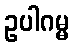
ဥပါဂမ္မ